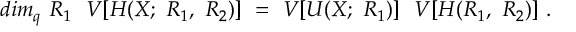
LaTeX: d i m _ { q } ~ R _ { 1 } ~ ~ V [ H ( X ; ~ R _ { 1 } , ~ R _ { 2 } ) ] ~ = ~ V [ U ( X ; ~ R _ { 1 } ) ] ~ ~ V [ H ( R _ { 1 } , ~ R _ { 2 } ) ] ~ .